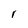
Character: r